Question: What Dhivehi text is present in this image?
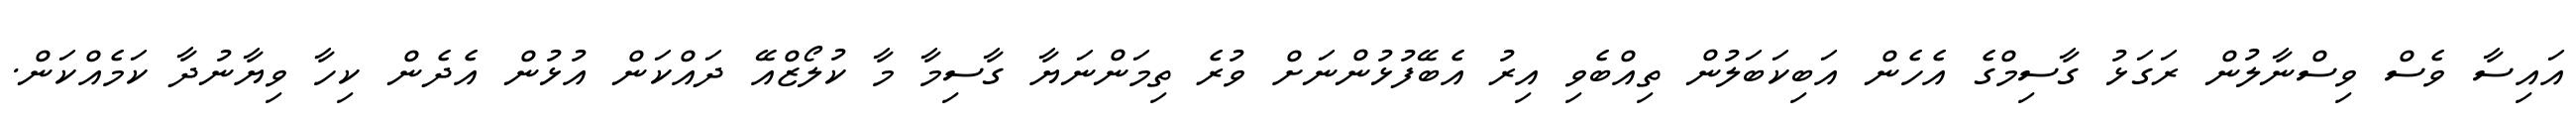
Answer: އައިސާ ވެސް ވިސްނާލުން ރަގަޅު ގާސިމްގެ އެހެން އަބިކަބަލުން ތިއްބެވި އިރު އެބޭފުޅުންނަށް ވުރެ ތިމަންނަޔާ ގާސިމާ މާ ކުލޯޒްއޭ ދައްކަން އުޅުން އެދެން ކިހާ ވިޔާނުދާ ކަމެއްކަން.